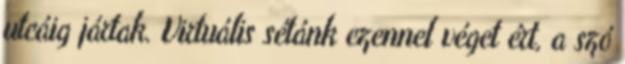
utcáig jártak. Virtuális sétánk ezennel véget ért, a szó